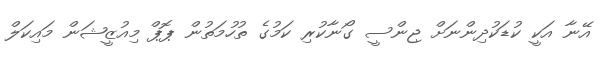
އޭނާ އަކީ ކުޑަކުދިންނަށް ޖިންސީ ގޯނާކުރި ކަމުގެ ތުހުމަތުން ޕޮޕް މިއުޒީޝަން މައިކަލް